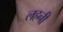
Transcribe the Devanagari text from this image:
लहनी